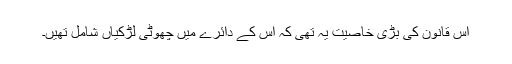
اس قانون کی بڑی خاصیت یہ تھی کہ اس کے دائرے میں چھوٹی لڑکیاں شامل تھیں۔